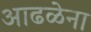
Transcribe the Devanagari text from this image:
आढळेना